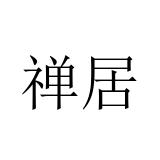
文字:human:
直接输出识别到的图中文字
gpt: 禅居